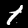
Label: 1